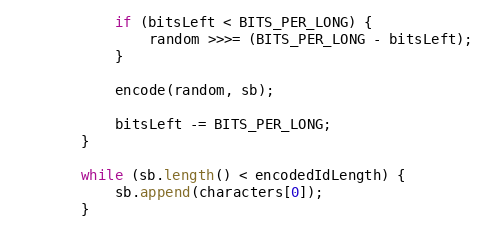
Language: Java
            if (bitsLeft < BITS_PER_LONG) {
                random >>>= (BITS_PER_LONG - bitsLeft);
            }

            encode(random, sb);

            bitsLeft -= BITS_PER_LONG;
        }

        while (sb.length() < encodedIdLength) {
            sb.append(characters[0]);
        }